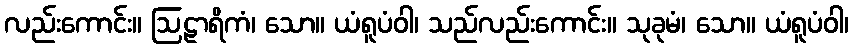
လည်းကောင်း။ ဩဠာရိကံ၊ သော။ ယံရူပံဝါ၊ သည်လည်းကောင်း။ သုခုမံ၊ သော။ ယံရူပံဝါ၊